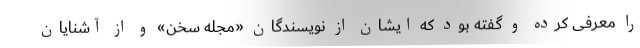
را معرفی کرده و گفته بود که ایشان از نویسندگان «مجله سخن» و از آشنایان